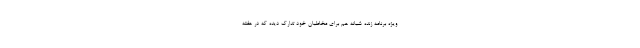
ویژه ‌برنامه زنده شبانه هم برای مخاطبان خود تدارک دیده که در هفته